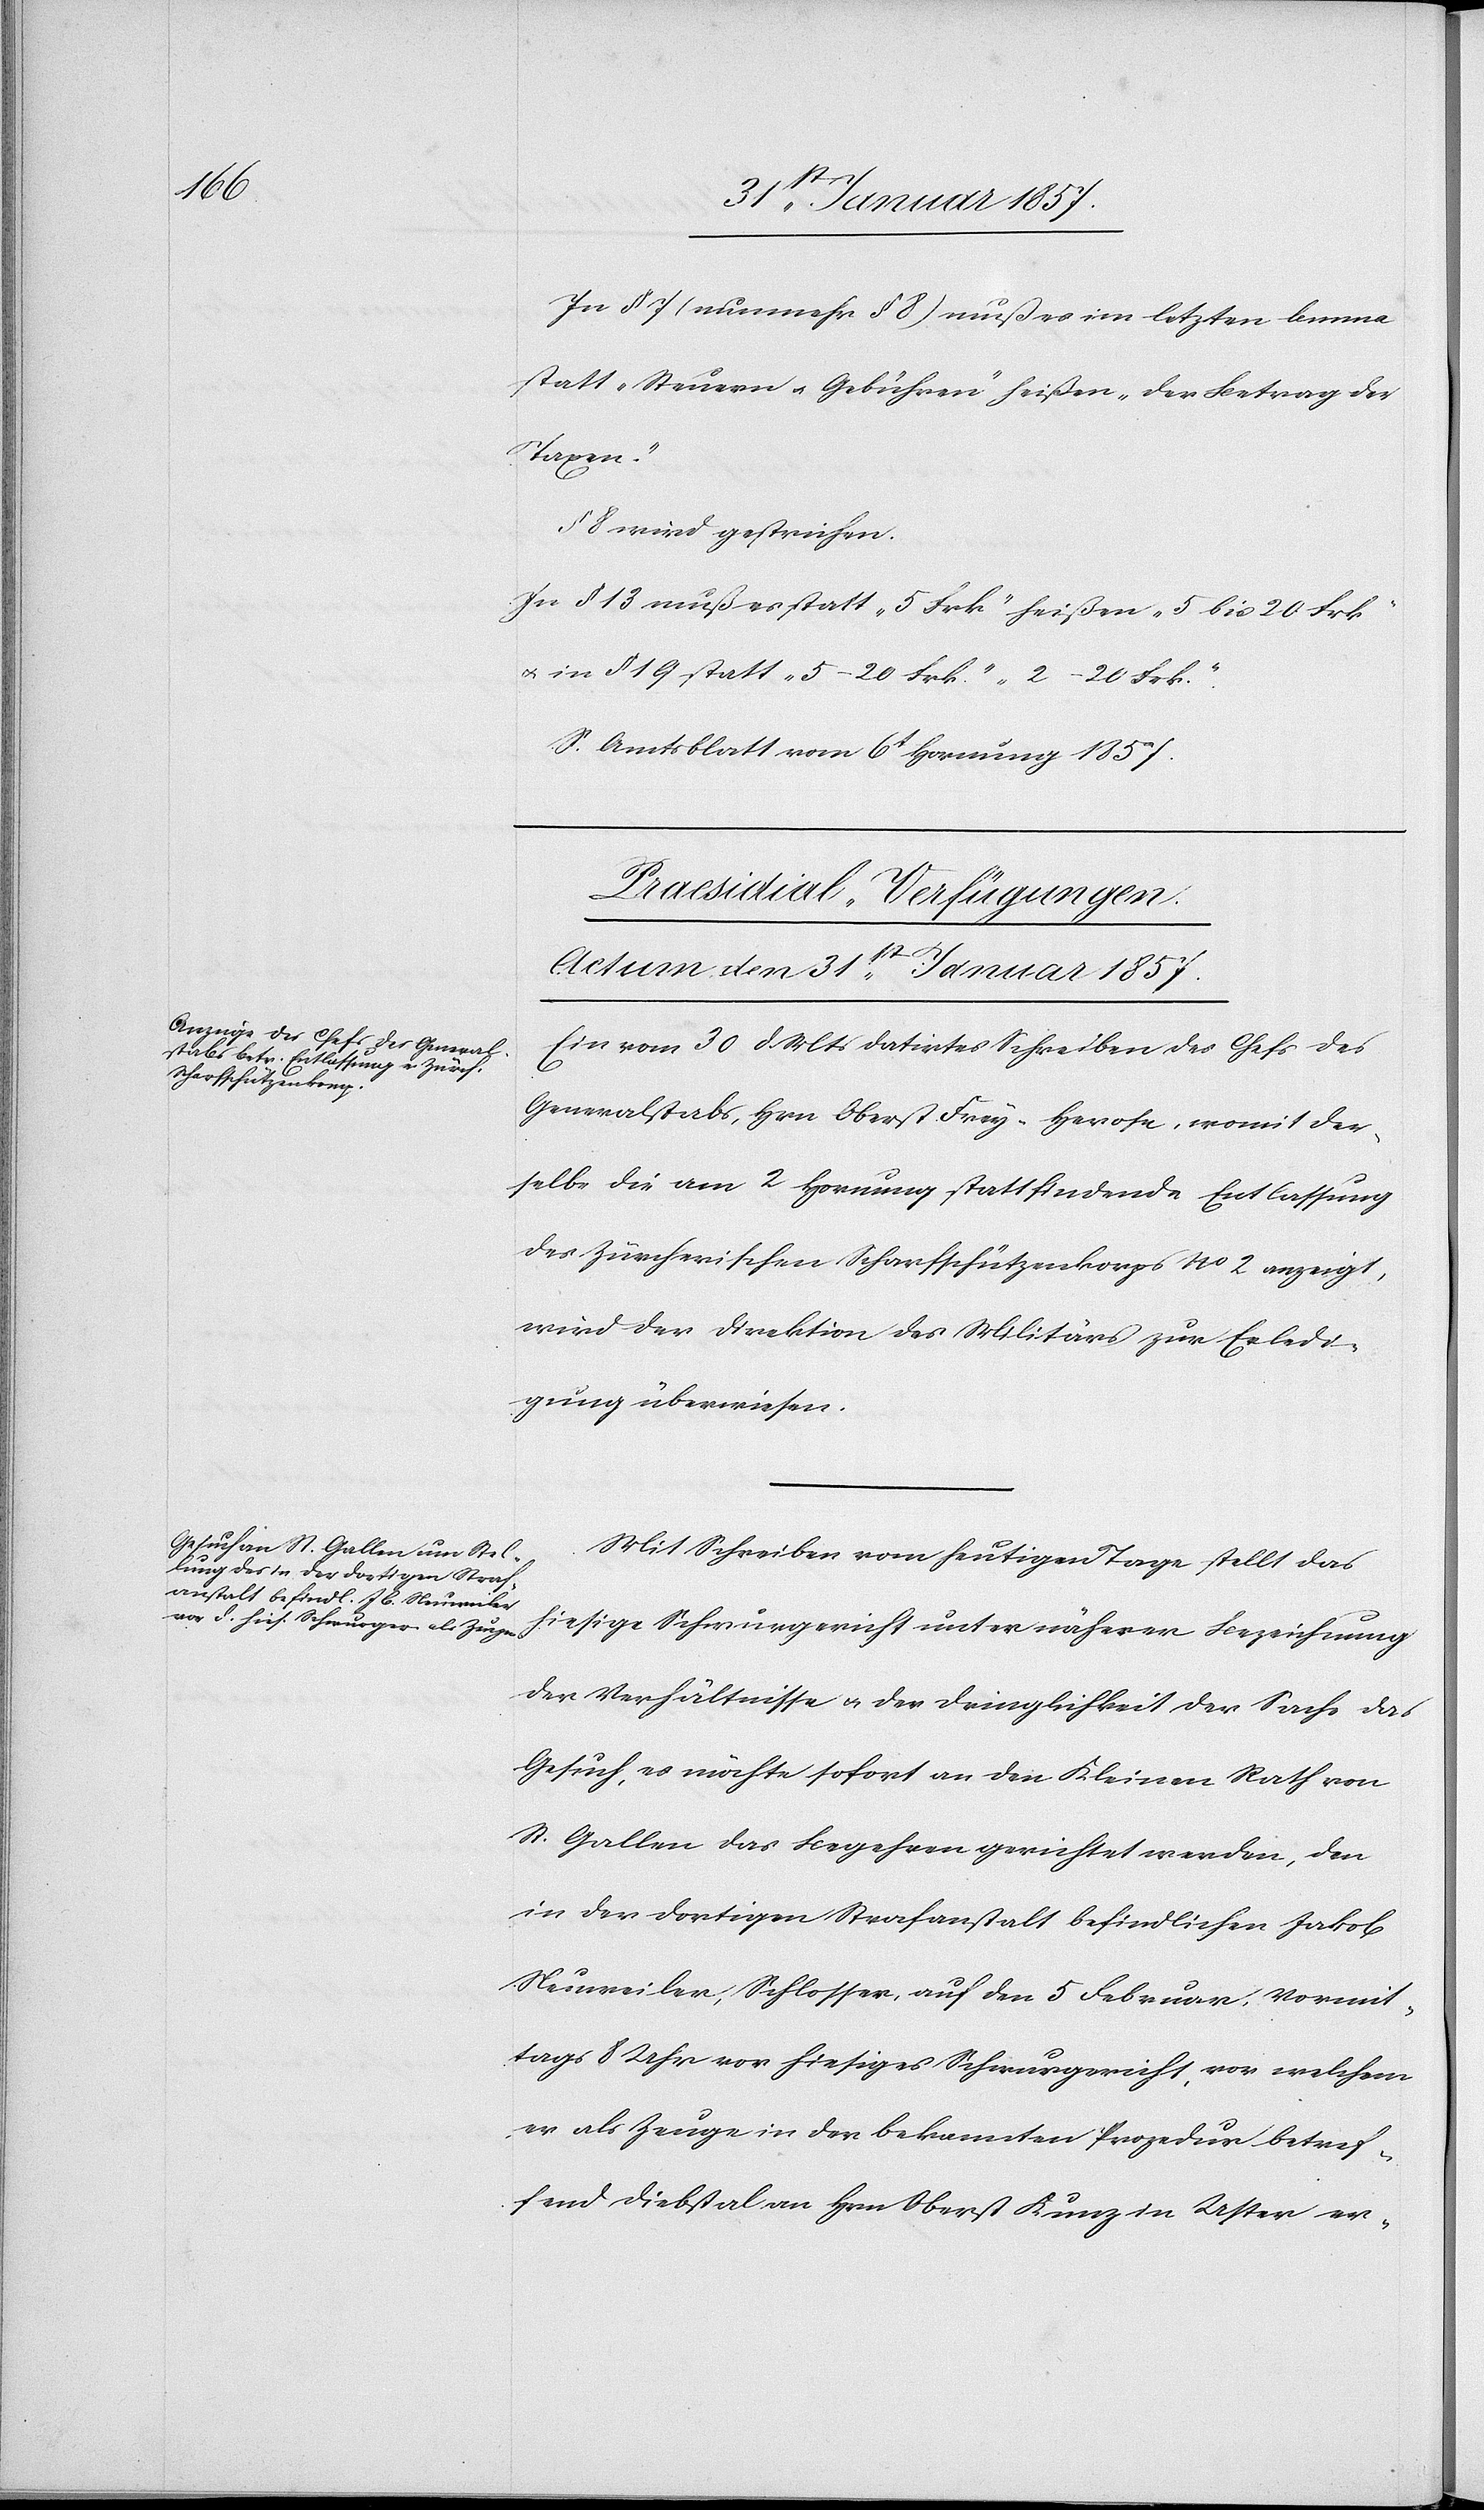
In § 7 (nunmehr § 8) muß es im letzen Lemma
statt „Steuern u. Gebühren“ heißen „der Betrag der
Taxen.“
§ 8 wird gestrichen.
In § 13 muß es statt „5 Frk“ heißen „5 bis 20 Frk“
& in § 19 statt „5–20 Frk.“ „2–20 Frk.“
S. Amtsblatt vom 6t Hornung 1857.
[Praesidial-Verfügungen.
Actum den 31st Januar 1857.]
Ein vom 30 d. Mts datirtes Schreiben des Chefs des
Generalstabs, Hrn Oberst Frey-Herose, womit der¬
selbe die am 2 Hornung stattfindende Entlassung
des Zürcherischen Scharfschützenkorps No 2 anzeigt,
wird der Direktion des Militärs zur Erledi¬
gung überwiesen.
Mit Schreiben vom heutigen Tage stellt das
der Verhältnisse & der Dringlichkeit der Sache das
Gesuch, es möchte sofort an den Kleinen Rath von
St. Gallen das Begehren gerichtet werden, den
in der dortigen Strafanstalt befindlichen Jakob
Neuweiler, Schlosser, auf den 5 Februar Vormit¬
tags 8 Uhr vor hiesiges Schwurgericht, vor welchem
er als Zeuge in der bekannten Prozedur betref¬
fend Diebstal an Hrn Oberst Kunz in Uster er-